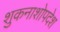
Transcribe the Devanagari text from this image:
शुकनाशोपदेश